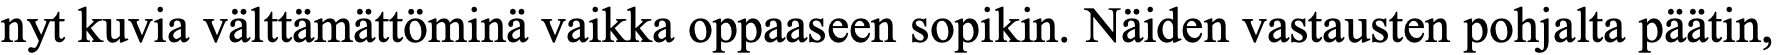
nyt kuvia välttämättöminä vaikka oppaaseen sopikin. Näiden vastausten pohjalta päätin,